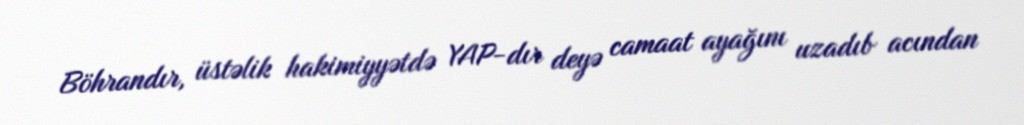
Böhrandır, üstəlik hakimiyyətdə YAP-dır deyə camaat ayağını uzadıb acından